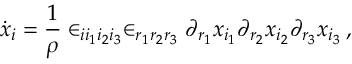
\dot { x } _ { i } = \frac { 1 } { \rho } \in _ { i i _ { 1 } i _ { 2 } i _ { 3 } } \in _ { r _ { 1 } r _ { 2 } r _ { 3 } } \partial _ { r _ { 1 } } x _ { i _ { 1 } } \partial _ { r _ { 2 } } x _ { i _ { 2 } } \partial _ { r _ { 3 } } x _ { i _ { 3 } } \, ,